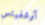
آوشفيتس